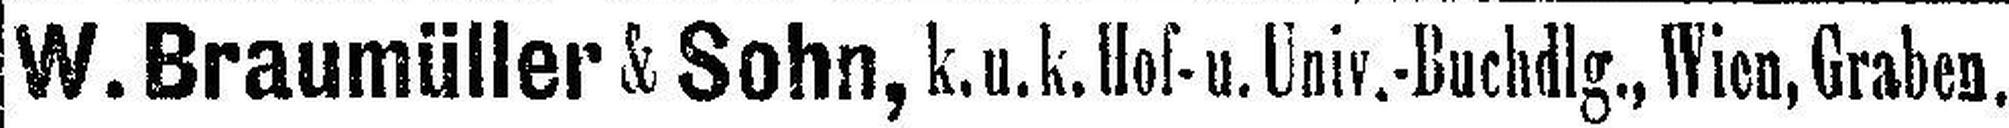
W. Braumüller & Sohn, k. u. k. Hof- u. Univ.-Buchdlg., Wien, Graben.